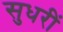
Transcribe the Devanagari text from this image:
सुधरीं